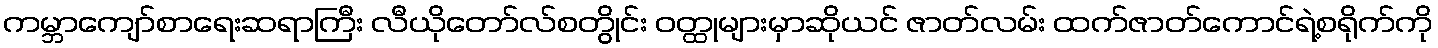
ကမ္ဘာကျော်စာရေးဆရာကြီး လီယိုတော်လ်စတွိုင်း ဝတ္ထုများမှာဆိုယင် ဇာတ်လမ်း ထက်ဇာတ်ကောင်ရဲ့စရိုက်ကို